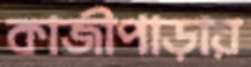
কাজীপাড়ায়